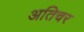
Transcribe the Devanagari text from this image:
अतिचर